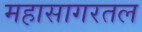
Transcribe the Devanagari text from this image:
महासागरतल